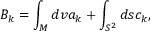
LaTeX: B _ { k } = \int _ { M } d v a _ { k } + \int _ { S ^ { 2 } } d s c _ { k } ,